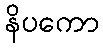
နိပကော